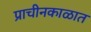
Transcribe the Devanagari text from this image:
प्राचीनकाळात